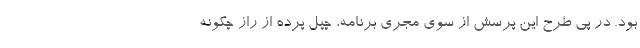
بود. در پی طرح این پرسش از سوی مجری برنامه، چپل پرده از راز چگونه